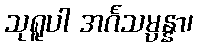
သုရူပါ အင်္ဂသမ္ပန္နာ၊